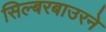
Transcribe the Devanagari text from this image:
सिल्बरबाउरने